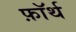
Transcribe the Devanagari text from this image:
फ़ाॅर्थ